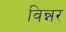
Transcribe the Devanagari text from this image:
विन्नर